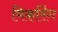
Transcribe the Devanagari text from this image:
मिकरिंग